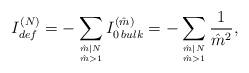
LaTeX: \begin{align*}{ I^{(N)}_{def} = -\sum_{\hat{m}|N \atop \hat{m}>1} I^{(\hat{m})}_{0\,bulk } = -\sum_{\hat{m}|N\atop \hat{m}>1}{1\over{\hat{m}}^2} ,}\end{align*}